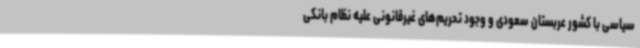
سیاسی با کشور عربستان سعودی و وجود تحریم‌های غیرقانونی علیه نظام بانکی